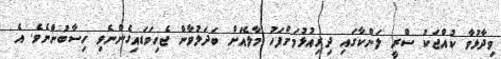
ވިދާޅުވާ ކުއްޖަކު ސްރީ ލަންކާގައި ދިރިއުޅުމަށްފަހު މާލެއަށް ބަދަލުވާން ޖެހިވަޑައިގެންނެވި ހިސާބުންނެވެ. އެ